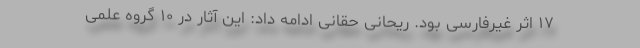
۱۷ اثر غیرفارسی بود. ریحانی حقانی ادامه داد: این آثار در ۱۰ گروه علمی